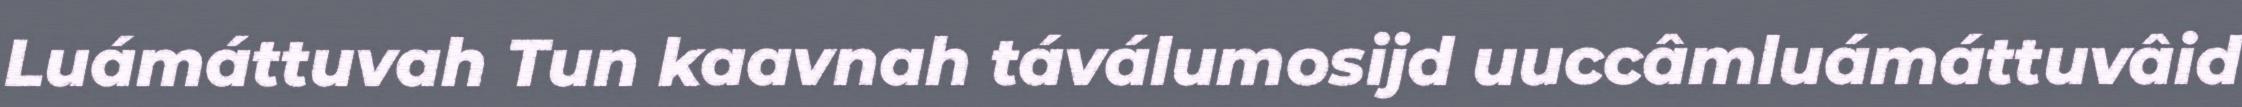
Luámáttuvah Tun kaavnah táválumosijd uuccâmluámáttuvâid